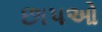
છાપઓ